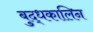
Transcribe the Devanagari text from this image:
बुद्धकालिन